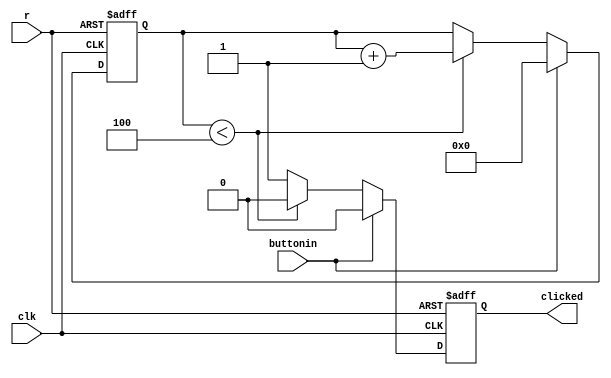
module Debounce(buttonin, clicked, clk, r);
input buttonin, clk, r;
output reg clicked;
reg [3:0] decnt;

parameter bound=4'd4;

always@(posedge clk or negedge r)begin //button
 if(~r)begin
  decnt<=4'd0;
  clicked<=0;
 end
 else begin
  if(~buttonin)begin
   if(decnt<bound)begin
    decnt <= decnt+1'b1;
    clicked <=0;
   end
   else begin
    decnt <= decnt;
    clicked <=1;
   end
  end
  else begin
   decnt <=0;
   clicked <=0;
  end
 end
end

endmodule